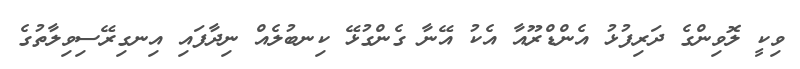
ވިކީ ލޮވިންގެ ދަރިފުޅު އެންޑްރޫއާ އެކު އޭނާ ގެންގުޅޭ ކިނބުލެއް ނިދާފައި އިނގިރޭސިވިލާތުގެ